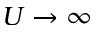
U \rightarrow \infty